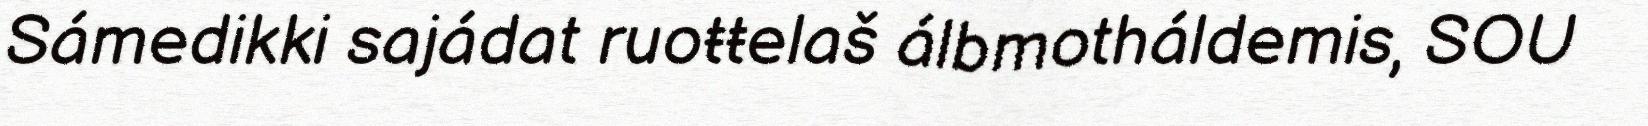
Sámedikki sajádat ruoŧŧelaš álbmotháldemis, SOU